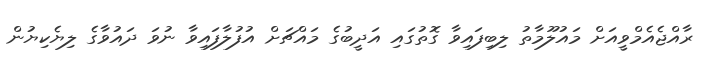
ރާއްޖެއެމްވީއަށް މައުލޫމާތު ލިބިފައިވާ ގޮތުގައި އަދީބުގެ މައްޗަށް އުފުލާފައިވާ ނުވަ ދައުވާގެ ލިޔެކިޔުން